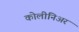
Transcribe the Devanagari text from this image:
कोलीनिअर